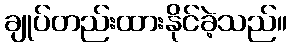
ချုပ်တည်းထားနိုင်ခဲ့သည်။